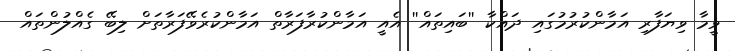
ވީމާ ވިޔަފާރި އަމާންކުރުމުގައި ދައްކާ ''ބައިތައް'' އެއީ އަމާންކުރާފަރާތް އަމާންކުރެވޭފަރާތަށް ލިބޭ ގެއްލުންތައް